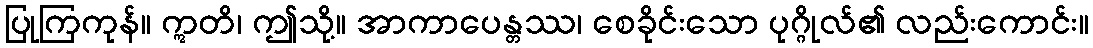
ပြုကြကုန်။ ဣတိ၊ ဤသို့။ အာကာပေန္တဿ၊ စေခိုင်းသော ပုဂ္ဂိုလ်၏ လည်းကောင်း။